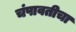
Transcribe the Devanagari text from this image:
चंपावतीचा